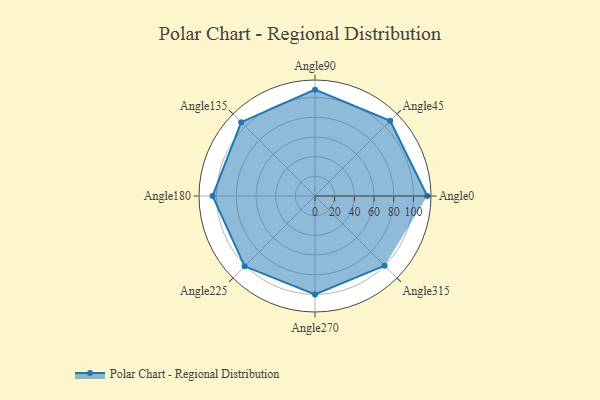
{"axis": {"x": "Angle", "y": "Radius"}, "legend": [""], "data": [{"x": "Angle0", "y": 114.0, "type": ""}, {"x": "Angle45", "y": 108.0, "type": ""}, {"x": "Angle90", "y": 108.0, "type": ""}, {"x": "Angle135", "y": 106.0, "type": ""}, {"x": "Angle180", "y": 104.0, "type": ""}, {"x": "Angle225", "y": 101.0, "type": ""}, {"x": "Angle270", "y": 100.0, "type": ""}, {"x": "Angle315", "y": 100.0, "type": ""}]}